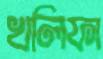
খলিফা